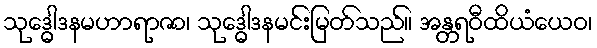
သုဒ္ဓေါဒနမဟာရာဇာ၊ သုဒ္ဓေါဒနမင်းမြတ်သည်။ အန္တရဝီထိယံယေဝ၊